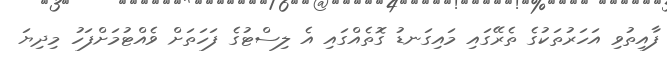
ފާއިތުވި އަހަރުތަކުގެ ތެރޭގައި މައިގަނޑު ގޮތެއްގައި އެ ލިސްޓުގެ ފަހަތަށް ވެއްޓުމަށްފަހު މިދިޔަ